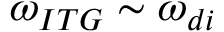
\omega _ { I T G } \sim \omega _ { d i }